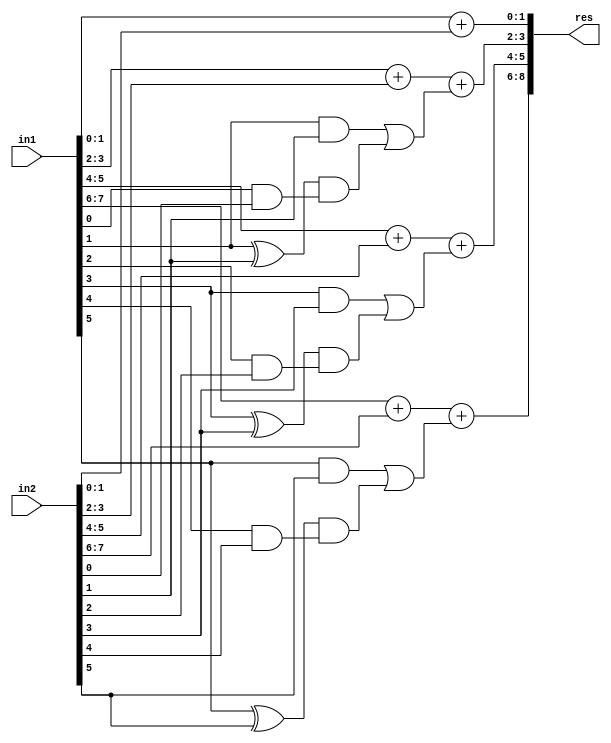
`timescale 1ns / 1ps
//////////////////////////////////////////////////////////////////////////////////
// Company: 
// Engineer: 
// 
// Create Date:    
// Design Name: 
// Module Name:    GDA_St_N8_M4_P2 
// Project Name: 
// Target Devices: 
// Tool versions: 
// Description: 
//
// Dependencies: 
//
// Revision: 
// Revision 0.01 - File Created
// Additional Comments: 
//
//////////////////////////////////////////////////////////////////////////////////
module GDA_St_N8_M4_P2(
    input  [7:0] in1,
    input  [7:0] in2,
    output [8:0] res
    );

wire [2:0] 	temp1, temp2, temp3, temp4;

//C2
wire 			g0,g1,p0,p1;
wire			p1g0;
wire 			c2;

and and_0(g0,in1[0],in2[0]);
and and_1(g1,in1[1],in2[1]);
xor xor_0(p0,in1[0],in2[0]);
xor xor_1(p1,in1[1],in2[1]);

and and_2(p1g0,p1,g0);
or  or_1 (c2,g1,p1g0);

//C4
wire 			g2,g3,p2,p3;
wire			p3g2;
wire 			c4;

and and_3(g2,in1[2],in2[2]);
and and_4(g3,in1[3],in2[3]);
xor xor_2(p2,in1[2],in2[2]);
xor xor_3(p3,in1[3],in2[3]);

and and_5(p3g2,p3,g2);
or  or_2 (c4,g3,p3g2);

//C6
wire 			g4,g5,p4,p5;
wire			p5g4;
wire 			c6;

and and_8(g4,in1[4],in2[4]);
and and_9(g5,in1[5],in2[5]);
xor xor_4(p4,in1[4],in2[4]);
xor xor_5(p5,in1[5],in2[5]);

and and_10(p5g4,p5,g4);
or  or_4  (c6,g5,p5g4);

// Results

assign temp1[2:0] = in1[1:0] + in2[1:0];
assign temp2[2:0] = in1[3:2] + in2[3:2] + c2;
assign temp3[2:0] = in1[5:4] + in2[5:4] + c4;
assign temp4[2:0] = in1[7:6] + in2[7:6] + c6;
assign res[8:0] = {temp4[2:0],temp3[1:0],temp2[1:0],temp1[1:0]};

endmodule